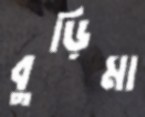
বুড়িমা